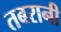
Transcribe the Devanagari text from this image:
तबरानी